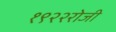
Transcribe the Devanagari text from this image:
१९२२रोजी